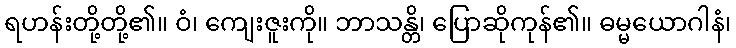
ရဟန်းတို့တို့၏။ ဝံ၊ ကျေးဇူးကို။ ဘာသန္တိ၊ ပြောဆိုကုန်၏။ ဓမ္မယောဂါနံ၊